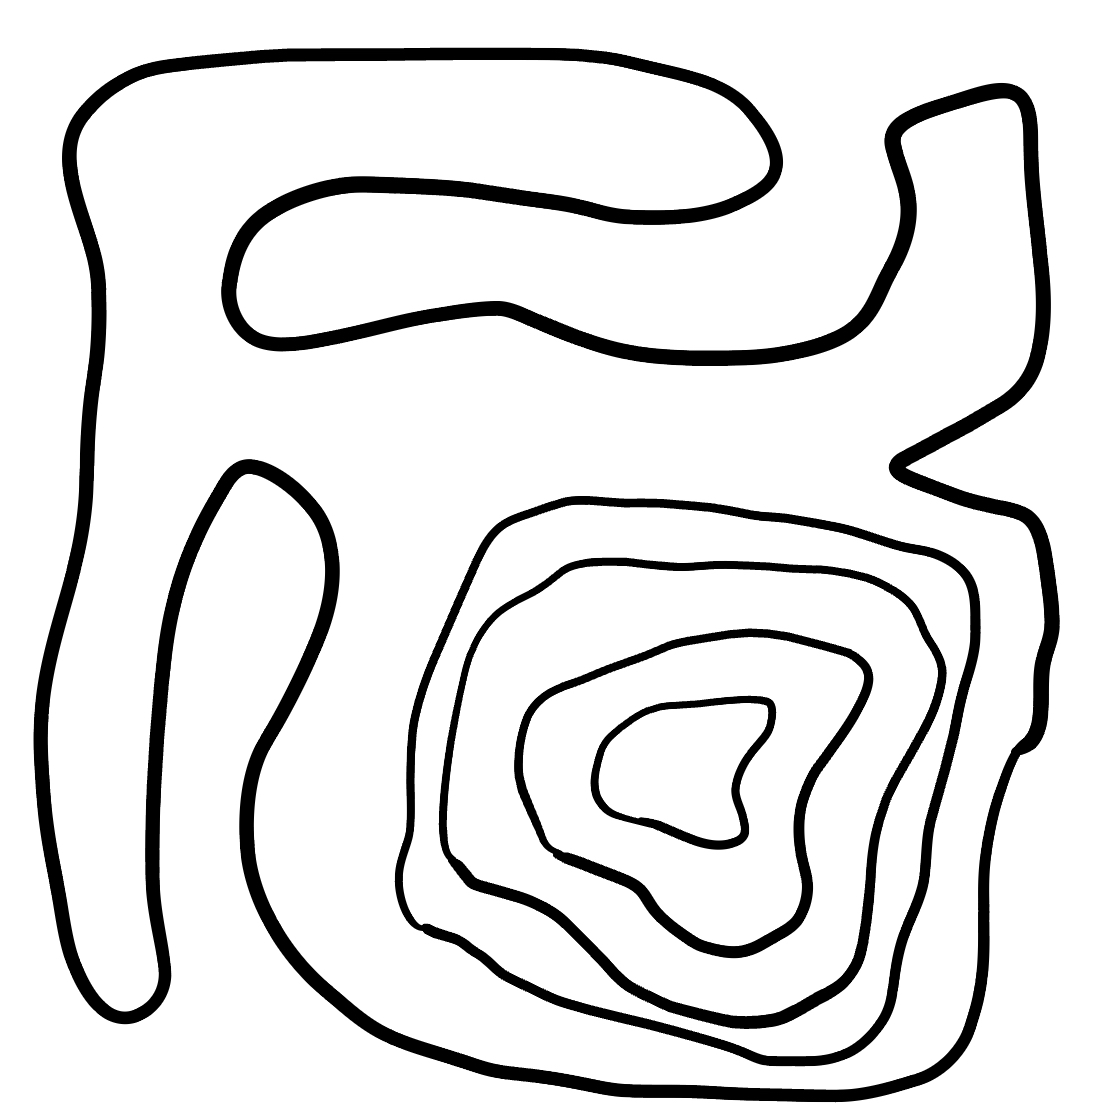
Number of regions (including the outer root region): 6
Containment tree edges (parent, child): 0, 1, 1, 2, 2, 3, 3, 4, 4, 5